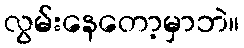
လွမ်းနေတော့မှာဘဲ။